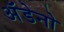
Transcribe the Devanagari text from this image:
अॅडेनो